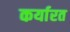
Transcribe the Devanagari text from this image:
कर्यारत